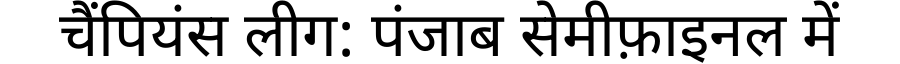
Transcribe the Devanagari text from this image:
चैंपियंस लीग: पंजाब सेमीफ़ाइनल में